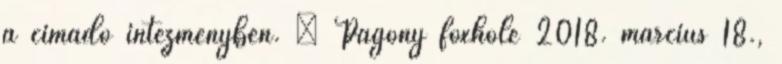
a címadó intézményben. – Pagony foxhole 2018. március 18.,